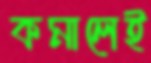
কমালেই